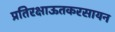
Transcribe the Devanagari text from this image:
प्रतिरक्षाऊतकरसायन